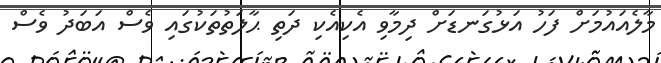
މާލެއައުމަށް ފަހު އަޅުގަނޑަށް ދިމާވި އެކިއެކި ދަތި ޙާލަތުތަކުގައި ވެސް އަބަދު ވެސް